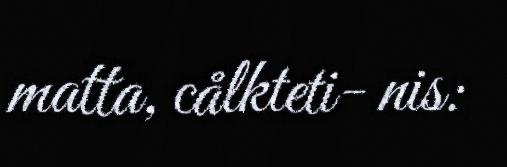
matta, cålkteti- nis: